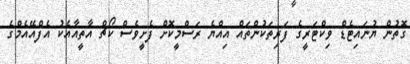
ގޮތުން ޔުނައިޓެޑް ވިކްޓަރީގެ ފަރިތަކުންތައް އިއްޔެ ރަސްމީކޮށް ފެށީވެސް ކޯޗް އާތީއާއެކު އެފްއޭއެމްގެ